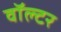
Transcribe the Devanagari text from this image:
वॉल्‍टर